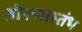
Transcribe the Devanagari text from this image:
तोरणास्तंभ